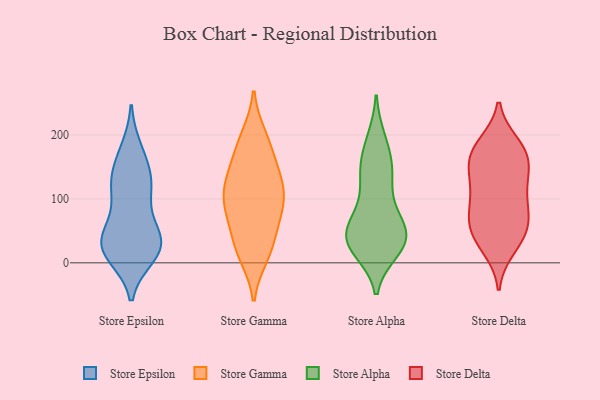
{"axis": {"x": "Page Views", "y": "Value"}, "legend": ["Store Alpha", "Store Delta", "Store Epsilon", "Store Gamma"], "data": [{"x": "", "y": 112, "type": "Store Epsilon"}, {"x": "", "y": 128, "type": "Store Epsilon"}, {"x": "", "y": 47, "type": "Store Epsilon"}, {"x": "", "y": 17, "type": "Store Epsilon"}, {"x": "", "y": 72, "type": "Store Epsilon"}, {"x": "", "y": 124, "type": "Store Epsilon"}, {"x": "", "y": 19, "type": "Store Epsilon"}, {"x": "", "y": 30, "type": "Store Epsilon"}, {"x": "", "y": 30, "type": "Store Epsilon"}, {"x": "", "y": 140, "type": "Store Epsilon"}, {"x": "", "y": 116, "type": "Store Epsilon"}, {"x": "", "y": 170, "type": "Store Epsilon"}, {"x": "", "y": 46, "type": "Store Epsilon"}, {"x": "", "y": 30, "type": "Store Epsilon"}, {"x": "", "y": 19, "type": "Store Epsilon"}, {"x": "", "y": 11, "type": "Store Epsilon"}, {"x": "", "y": 177, "type": "Store Epsilon"}, {"x": "", "y": 22, "type": "Store Gamma"}, {"x": "", "y": 75, "type": "Store Gamma"}, {"x": "", "y": 145, "type": "Store Gamma"}, {"x": "", "y": 140, "type": "Store Gamma"}, {"x": "", "y": 47, "type": "Store Gamma"}, {"x": "", "y": 69, "type": "Store Gamma"}, {"x": "", "y": 10, "type": "Store Gamma"}, {"x": "", "y": 199, "type": "Store Gamma"}, {"x": "", "y": 178, "type": "Store Gamma"}, {"x": "", "y": 10, "type": "Store Gamma"}, {"x": "", "y": 126, "type": "Store Gamma"}, {"x": "", "y": 167, "type": "Store Gamma"}, {"x": "", "y": 101, "type": "Store Gamma"}, {"x": "", "y": 198, "type": "Store Gamma"}, {"x": "", "y": 84, "type": "Store Gamma"}, {"x": "", "y": 96, "type": "Store Gamma"}, {"x": "", "y": 34, "type": "Store Gamma"}, {"x": "", "y": 120, "type": "Store Gamma"}, {"x": "", "y": 95, "type": "Store Gamma"}, {"x": "", "y": 120, "type": "Store Gamma"}, {"x": "", "y": 89, "type": "Store Alpha"}, {"x": "", "y": 30, "type": "Store Alpha"}, {"x": "", "y": 26, "type": "Store Alpha"}, {"x": "", "y": 193, "type": "Store Alpha"}, {"x": "", "y": 53, "type": "Store Alpha"}, {"x": "", "y": 20, "type": "Store Alpha"}, {"x": "", "y": 132, "type": "Store Alpha"}, {"x": "", "y": 28, "type": "Store Alpha"}, {"x": "", "y": 44, "type": "Store Alpha"}, {"x": "", "y": 76, "type": "Store Alpha"}, {"x": "", "y": 158, "type": "Store Alpha"}, {"x": "", "y": 124, "type": "Store Alpha"}, {"x": "", "y": 190, "type": "Store Alpha"}, {"x": "", "y": 149, "type": "Store Alpha"}, {"x": "", "y": 26, "type": "Store Alpha"}, {"x": "", "y": 33, "type": "Store Alpha"}, {"x": "", "y": 148, "type": "Store Alpha"}, {"x": "", "y": 61, "type": "Store Alpha"}, {"x": "", "y": 46, "type": "Store Alpha"}, {"x": "", "y": 51, "type": "Store Alpha"}, {"x": "", "y": 180, "type": "Store Delta"}, {"x": "", "y": 86, "type": "Store Delta"}, {"x": "", "y": 97, "type": "Store Delta"}, {"x": "", "y": 83, "type": "Store Delta"}, {"x": "", "y": 131, "type": "Store Delta"}, {"x": "", "y": 176, "type": "Store Delta"}, {"x": "", "y": 169, "type": "Store Delta"}, {"x": "", "y": 155, "type": "Store Delta"}, {"x": "", "y": 23, "type": "Store Delta"}, {"x": "", "y": 160, "type": "Store Delta"}, {"x": "", "y": 32, "type": "Store Delta"}, {"x": "", "y": 48, "type": "Store Delta"}, {"x": "", "y": 185, "type": "Store Delta"}, {"x": "", "y": 120, "type": "Store Delta"}, {"x": "", "y": 68, "type": "Store Delta"}, {"x": "", "y": 48, "type": "Store Delta"}, {"x": "", "y": 131, "type": "Store Delta"}, {"x": "", "y": 57, "type": "Store Delta"}]}